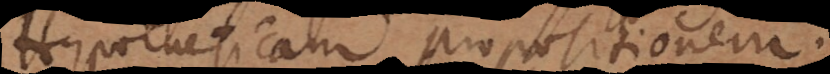
Hypotheticam propositionem.